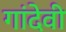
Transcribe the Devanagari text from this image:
गांदेवी